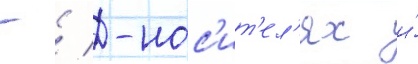
- / -нос'ит'ел'ях и́